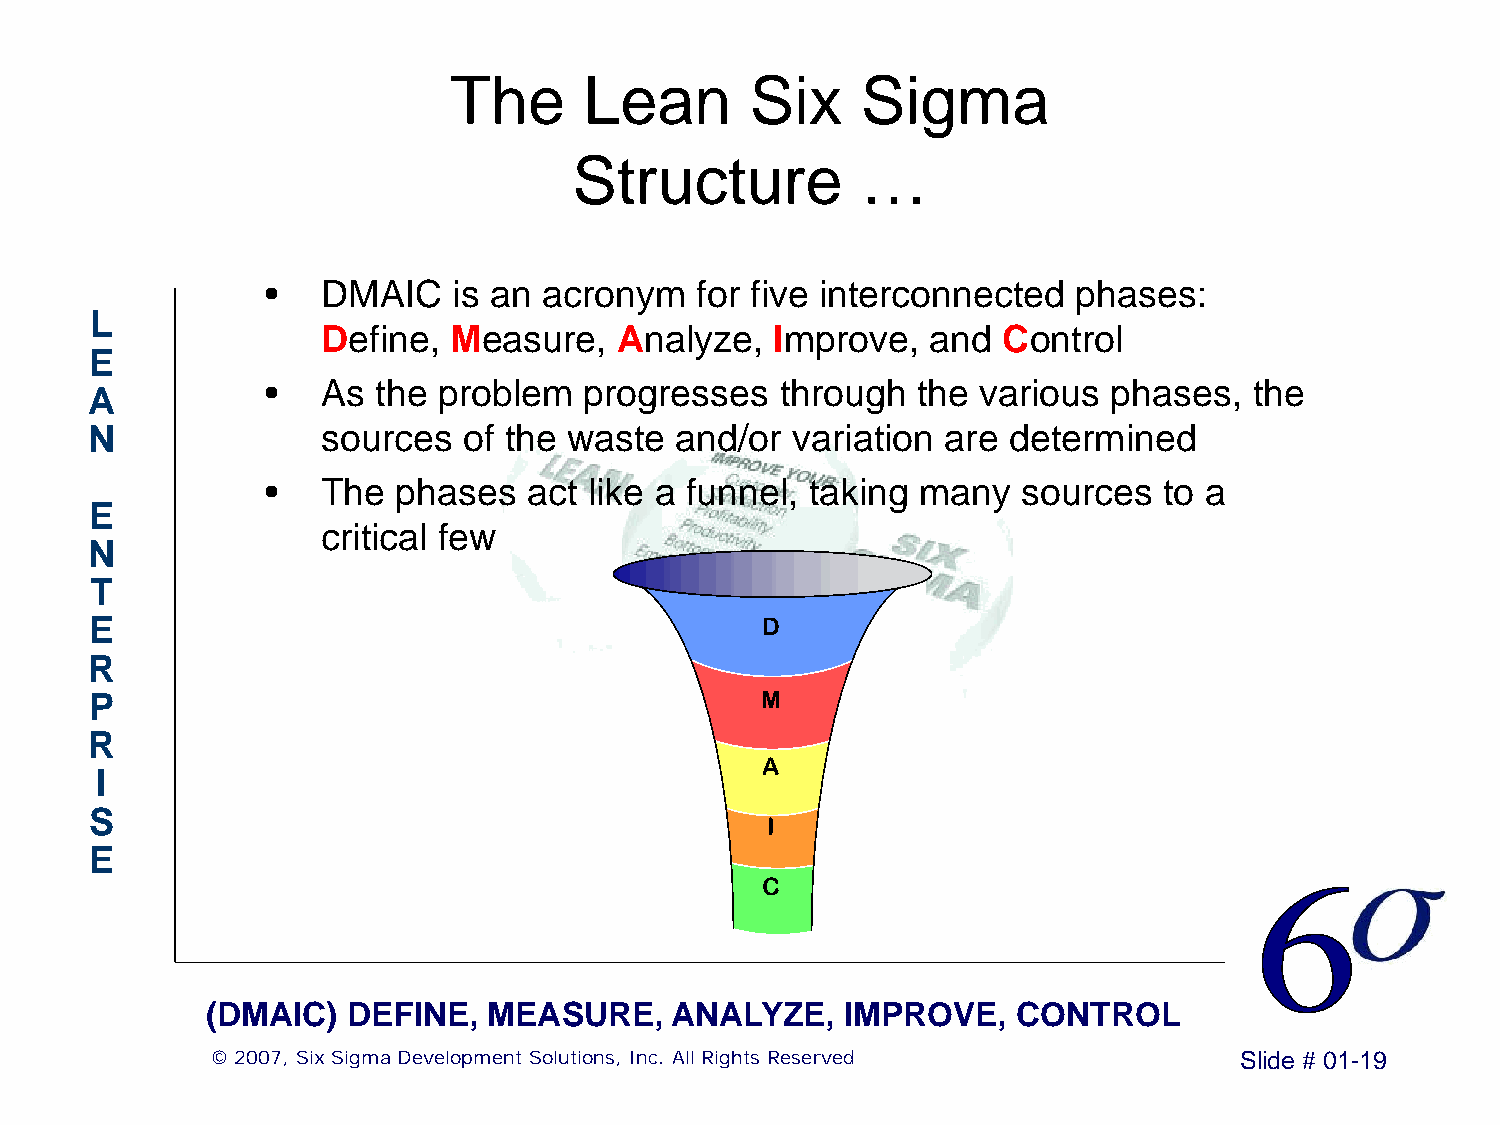
The      Lean       Six    Sigma
 Structure          …
 •  DMAIC    is an acronym   for five interconnected  phases:
 L
 Define,  Measure,   Analyze,  Improve,   and Control
 E
 •  As  the problem   progresses   through  the various  phases,  the
 A
 N              sources   of the waste  and/or variation  are determined
 •  The  phases   act like a funnel, taking many   sources  to a
 E
 critical few
 N
 T
 E                                           DD
 R
 MM
 P
 R
 AA
 I
 S                                            II
 E
 CC
 (DMAIC)  DEFINE,  MEASURE,    ANALYZE,    IMPROVE,   CONTROL
 © 2007, Six Sigma Development Solutions, Inc. All Rights Reserved   Slide # 01-19